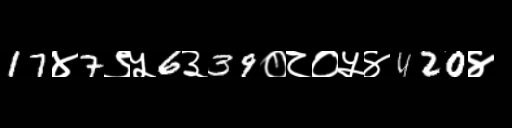
Text: 17४7९५6३39०८०५४420४